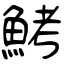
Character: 鮳